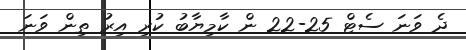
ދެ ވަނަ ސެޓް 25-22 ން ކާމިޔާބު ކުރި އިރު ތިން ވަނަ